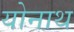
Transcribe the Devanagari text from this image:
योनाथ